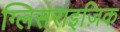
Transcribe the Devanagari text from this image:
ग्लिसराइज़िक